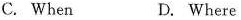
C. When D. Where